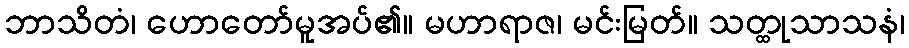
ဘာသိတံ၊ ဟောတော်မူအပ်၏။ မဟာရာဇ၊ မင်းမြတ်။ သတ္ထုသာသနံ၊